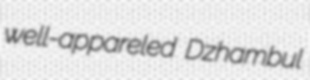
well-appareled Dzhambul